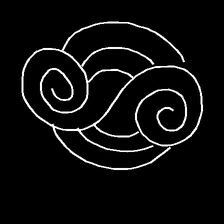
Glyph: wind-underfoot